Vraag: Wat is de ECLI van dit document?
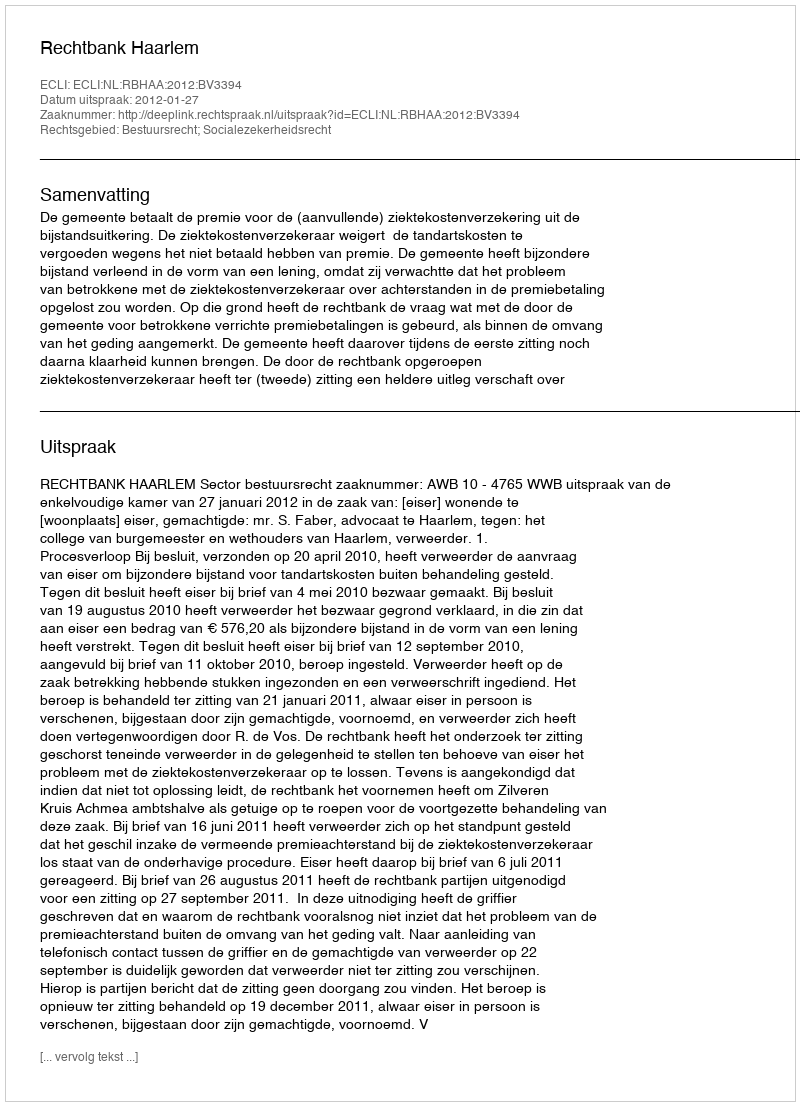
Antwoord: ECLI:NL:RBHAA:2012:BV3394